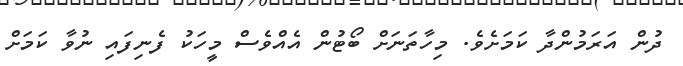
ދުން އަރަމުންދާ ކަމަށެވެ. މިހާތަނަށް ބޯޓުން އެއްވެސް މީހަކު ފެނިފައި ނުވާ ކަމަށް